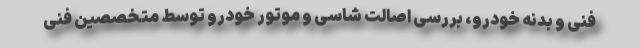
فنی و بدنه خودرو، بررسی اصالت شاسی و موتور خودرو توسط متخصصین فنی